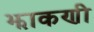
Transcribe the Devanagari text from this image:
झाकणी